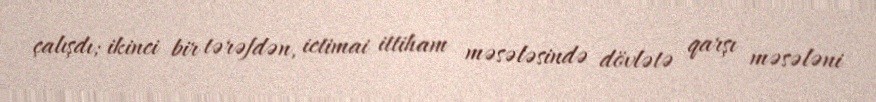
çalışdı; ikinci bir tərəfdən, ictimai ittiham məsələsində dövlətə qarşı məsələni